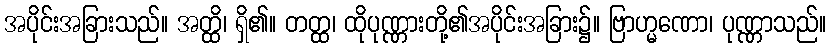
အပိုင်းအခြားသည်။ အတ္ထိ၊ ရှိ၏။ တတ္ထ၊ ထိုပုဏ္ဏားတို့၏အပိုင်းအခြား၌။ ဗြာဟ္မဏော၊ ပုဏ္ဏာသည်။